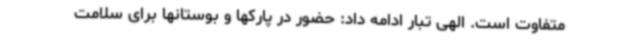
متفاوت است. الهی تبار ادامه داد: حضور در پارکها و بوستانها برای سلامت